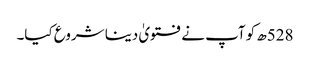
528ھ کو آپ نے فتویٰ دینا شروع کیا۔